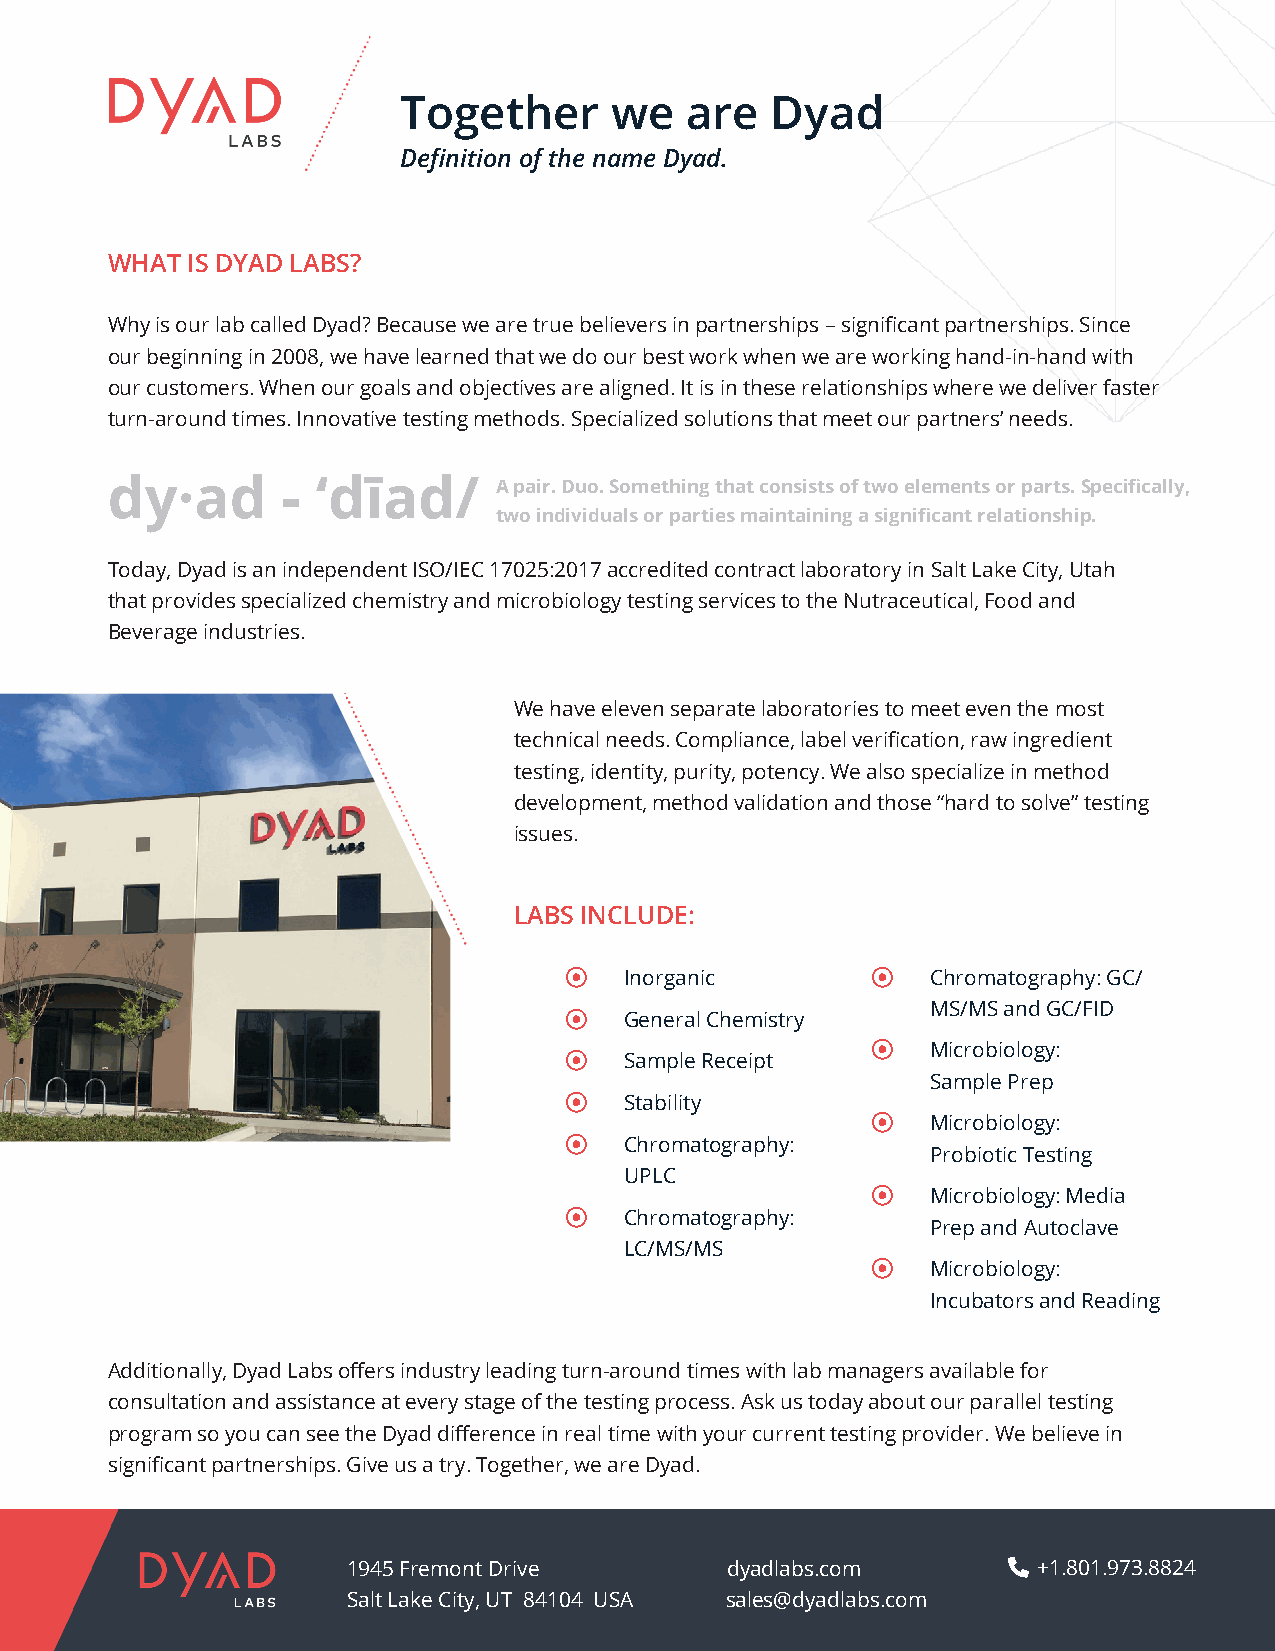
Together      we   are   Dyad
 Definition of the name Dyad.
 WHAT IS DYAD LABS?
 Why is our lab called Dyad? Because we are true believers in partnerships – significant partnerships. Since
 our beginning in 2008, we have learned that we do our best work when we are working hand-in-hand with
 our customers. When our goals and objectives are aligned. It is in these relationships where we deliver faster
 turn-around times. Innovative testing methods. Specialized solutions that meet our partners’ needs.
 dy·ad       - ‘dīad/      A pair. Duo. Something that consists of two elements or parts. Specifically,
 two individuals or parties maintaining a significant relationship.
 Today, Dyad is an independent ISO/IEC 17025:2017 accredited contract laboratory in Salt Lake City, Utah
 that provides specialized chemistry and microbiology testing services to the Nutraceutical, Food and
 Beverage industries.
 We have eleven separate laboratories to meet even the most
 technical needs. Compliance, label verification, raw ingredient
 testing, identity, purity, potency. We also specialize in method
 development, method validation and those “hard to solve” testing
 issues.
 LABS INCLUDE:
 🔘   Inorganic        🔘   Chromatography: GC/
 MS/MS and GC/FID
 🔘   General Chemistry
 🔘   Microbiology:
 🔘   Sample Receipt
 Sample Prep
 🔘   Stability
 🔘   Microbiology:
 🔘   Chromatography:
 Probiotic Testing
 UPLC
 🔘   Microbiology: Media
 🔘   Chromatography:
 Prep and Autoclave
 LC/MS/MS
 🔘   Microbiology:
 Incubators and Reading
 Additionally, Dyad Labs offers industry leading turn-around times with lab managers available for
 consultation and assistance at every stage of the testing process. Ask us today about our parallel testing
 program so you can see the Dyad difference in real time with your current testing provider. We believe in
 significant partnerships. Give us a try. Together, we are Dyad.
 1945 Fremont Drive       dyadlabs.com       Phone +1.801.973.8824
 Salt Lake City, UT 84104 USA sinafloes@@ddyyaaddlalabbss.c.coomm